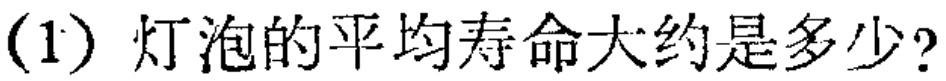
(1) 灯泡的平均寿命大约是多少?